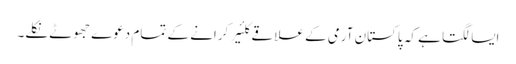
ایسا لگتا ہے کہ پاکستان آرمی کے علاقے کلئیر کرانے کے تمام دعوے جھوٹے نکلے۔